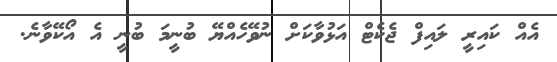
އެއް ކައިރީ ލައިފް ޖެކެޓް އަޅުވާކަށް ނުވޭހެއްޔޭ ބުނީމަ ބުނީ އެ އޯކޭވާނެ.